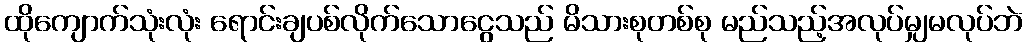
ထိုကျောက်သုံးလုံး ရောင်းချပစ်လိုက်သောငွေသည် မိသားစုတစ်စု မည်သည့်အလုပ်မျှမလုပ်ဘဲ